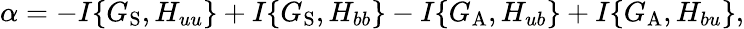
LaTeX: \alpha=-I\{ {G_{\mathrm{{S}}},H_{uu}}\} +I\{ {G_{\mathrm{{S}}},H_{bb}}\} -I\{ {G_{\mathrm{{A}}},H_{ub}}\} +I\{ {G_{\mathrm{{A}}},H_{bu}}\} ,